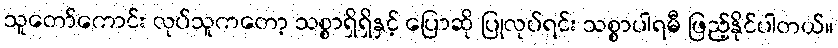
သူတော်ကောင်း လုပ်သူကတော့ သစ္စာရှိရှိနှင့် ပြောဆို ပြုလုပ်ရင်း သစ္စာပါရမီ ဖြည့်နိုင်ပါတယ်။